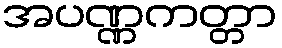
အပဏ္ဏကတ္တာ